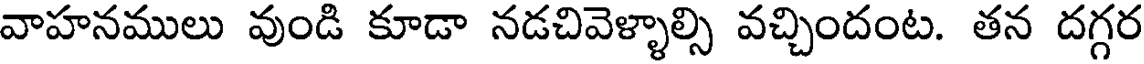
వాహనములు వుండి కూడా నడచివెళ్ళాల్సి వచ్చిందంట. తన దగ్గర